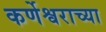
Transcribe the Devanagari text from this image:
कर्णेश्वराच्या